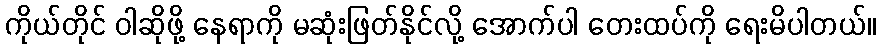
ကိုယ်တိုင် ဝါဆိုဖို့ နေရာကို မဆုံးဖြတ်နိုင်လို့ အောက်ပါ တေးထပ်ကို ရေးမိပါတယ်။